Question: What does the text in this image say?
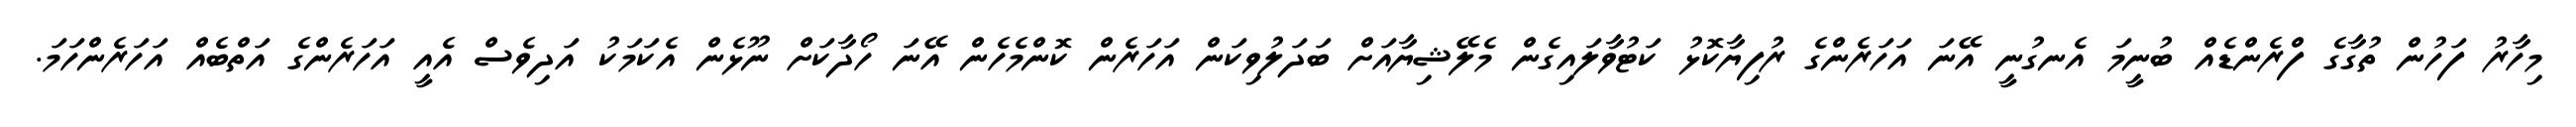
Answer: މިހާރު ފަހުން ތުގާގެ ފްރެންޑެއް ބުނީމަ އެނގުނީ އޭނަ އަހަރެންގެ ރުފިޔާކޮޅު ކަޓުވާލައިގެން މެލޭޝިޔާއަށް ބަދަލުވިކަން އަހަރެން ކޮންމެހެން އޭނަ ހޯދާކަށް ނޫޅެން އެކަމަކު އަދިވެސް އެއީ އަހަރެންގެ އަތްބެއް އަހަރެންހަމަ.